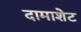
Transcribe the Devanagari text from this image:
दामाशेट